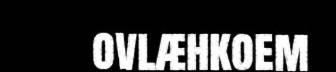
ovlæhkoem